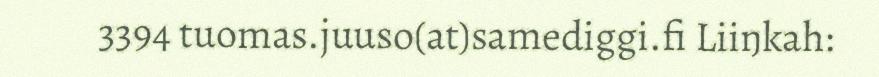
3394 tuomas.juuso(at)samediggi.fi Liiŋkah: